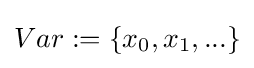
Var:=\{x_{0},x_{1},...\}